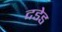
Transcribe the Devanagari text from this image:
दडेड